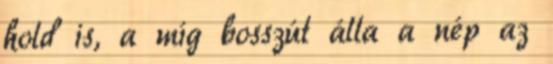
hold is, a míg bosszút álla a nép az